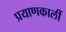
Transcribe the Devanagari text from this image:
प्रयाणकालीं